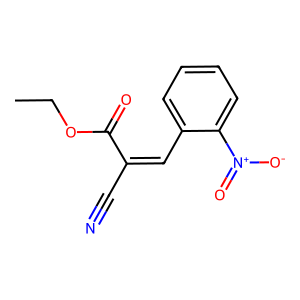
SMILES: CCOC(=O)C(C#N)=Cc1ccccc1[N+](=O)[O-]
Inhibits HIV replication: No